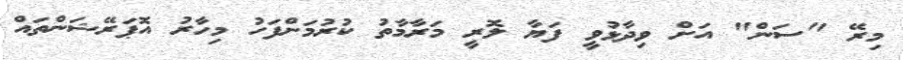
މިރޭ "ސަން" އަށް ވިދާޅުވީ ފަޔާ ލޮރީ މަރާމާތު ކުރުމަށްފަހު މިހާރު އޮޕަރޭޝަންތައް